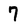
Character: 7